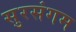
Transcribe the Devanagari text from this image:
सुरसंगम